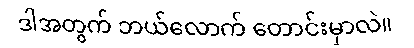
ဒါအတွက် ဘယ်လောက် တောင်းမှာလဲ။